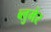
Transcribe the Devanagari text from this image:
ब्लुमेर